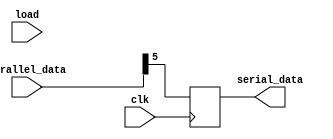
// -------------------------
// Guia 1405
// Nome: Arthur Martinho Medeiros Oliveira
// -------------------------
module parallel_to_serial_converter (
    input wire clk,
    input wire [5:0] parallel_data,
    input wire load,
    output reg serial_data
);

    always @(posedge clk) begin
        if (load)
            serial_data <= parallel_data[5];
        else
            serial_data <= {serial_data, parallel_data[5]};
    end

endmodule